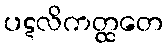
ပဋလိကတ္ထတေ